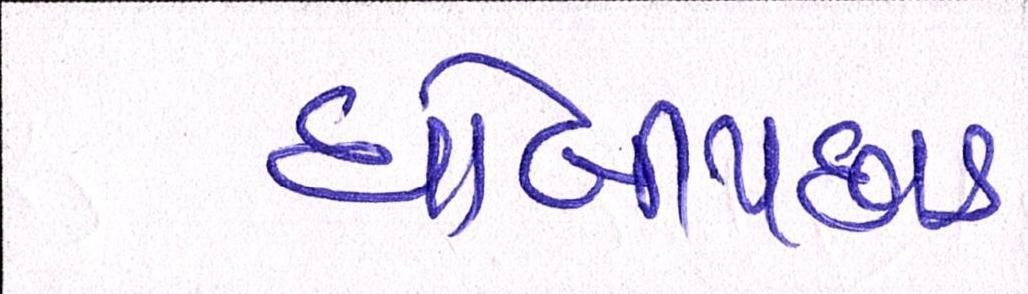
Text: ધોબીપછાડ